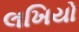
લખિયો